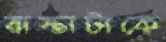
রাস্তাটাকে